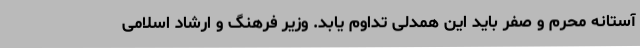
آستانه محرم و صفر باید این همدلی تداوم یابد. وزیر فرهنگ و ارشاد اسلامی